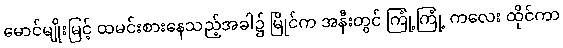
မောင်မျိုးမြင့် ထမင်းစားနေသည့်အခါ၌ မြိုင်က အနီးတွင် ကြုံ့ကြုံ့ ကလေး ထိုင်ကာ